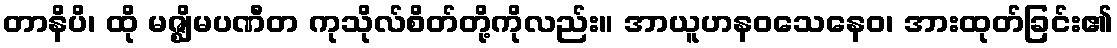
တာနိပိ၊ ထို မဇ္ဈိမပဏီတ ကုသိုလ်စိတ်တို့ကိုလည်း။ အာယူဟနဝသေနေဝ၊ အားထုတ်ခြင်း၏